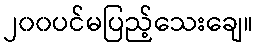
၂၀၀ပင်မပြည့်သေးချေ။